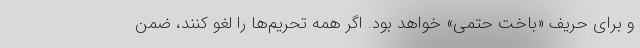
و برای حریف «باخت حتمی» خواهد بود. اگر همه تحریم‌ها را لغو کنند، ضمن